Indian journal of veterinary science and animal husbandry - Volumes 22-23, 1952-1953
Year: 1952
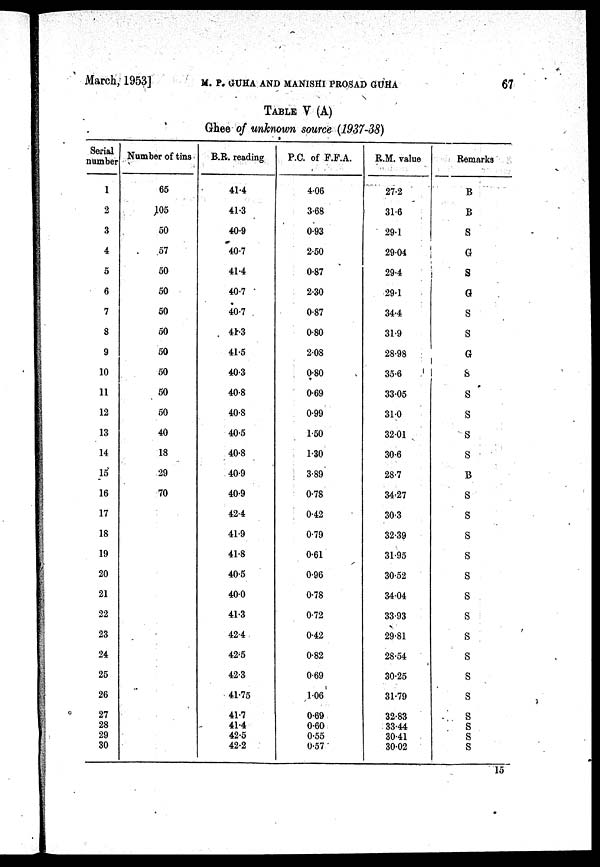
March, 1953]
M. P.
GUHA
AND
MANISHI
PROSAD
GUHA
67
TABLE V (A)
Ghee of unknown source (1937-38)
Serial
number
1
2
3
4
5
6
7
8
9
10
11
12
13
14
15
16
17
18
19
20
21
22
23
24
25
26
27
28
29
30
Number of tins
65
05
50
57
50
50
50
50
50
50
50
50
40
18
29
70
B.R. reading
41.4
41.3
40.9
40.7
41.4
40.7
40.7
41.3
41.5
40.3
40.8
40.8
40.5
40.8
40.9
40.9
42.4
41.9
41.8
40.5
40.0
41.3
42.4
42.5
42.3
41.75
41.7
41.4
42.5
42.2
P.C. of F.F.A.
4.06
3.68
0.93
2.50
0.87
2.30
0.87
0.80
2.08
0.80
0.69
0.99
1.50
1.30
3.89
0.78
0.42
0.79
0.61
0.96
0.78
0.72
0.42
0.82
0.69
1.06
0.69
0.60
0.55
0.57
R.M. value
27.2
31.6
29.1
29.04
29.4
29.1
34.4
31.9
28.98
35.6
33.05
31.0
32.01
30.6
28.7
34.27
30.3
32.39
31.95
30.52
34.04
33.93
29.81
28.54
30.25
31.79
32.83
33.44
30.41
30.02
Remarks
B
B
S
G
S
G
S
S
G
S
S
S
S
S
B
S
S
S
S
S
S
S
S
S
S
S
S
S
S
S
15